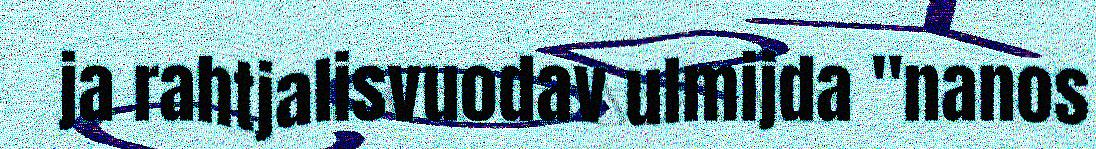
ja rahtjalisvuodav ulmijda "nanos